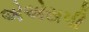
એએસપી